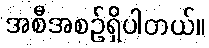
အစီအစဉ်ရှိပါတယ်။